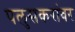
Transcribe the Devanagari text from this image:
पलुसकरांवर